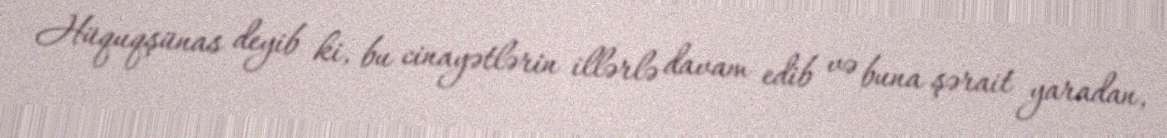
Hüquqşünas deyib ki, bu cinayətlərin illərlə davam edib və buna şərait yaradan,